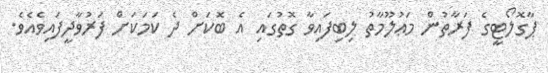
ޕާގޮލޯޓީގެ ފަރާތުން މަޢުލޫމާތު ލިބިފައިވާ ގޮތުގައި އެ ބޮކަށް ދެ ކަމަކަށް ފަރުވާދީފައިވެއެވެ.